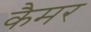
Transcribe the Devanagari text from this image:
कैमर